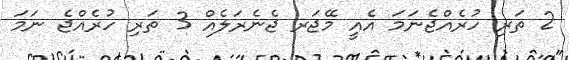
2 ތަރި ހުރެއްޖެނަމަ އެއީ މޭޖަރ ޖެނެރަލެއް 3 ތަރި ހުރެއްޖެ ނަމަ